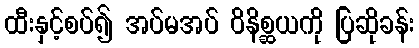
ထီးနှင့်စပ်၍ အပ်မအပ် ဝိနိစ္ဆယကို ပြဆိုခန်း